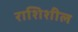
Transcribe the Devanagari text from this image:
राशिशील